Civil Veterinary Department Bihar & Orissa reports 1929-36 - 1929-1936
Year: 1929
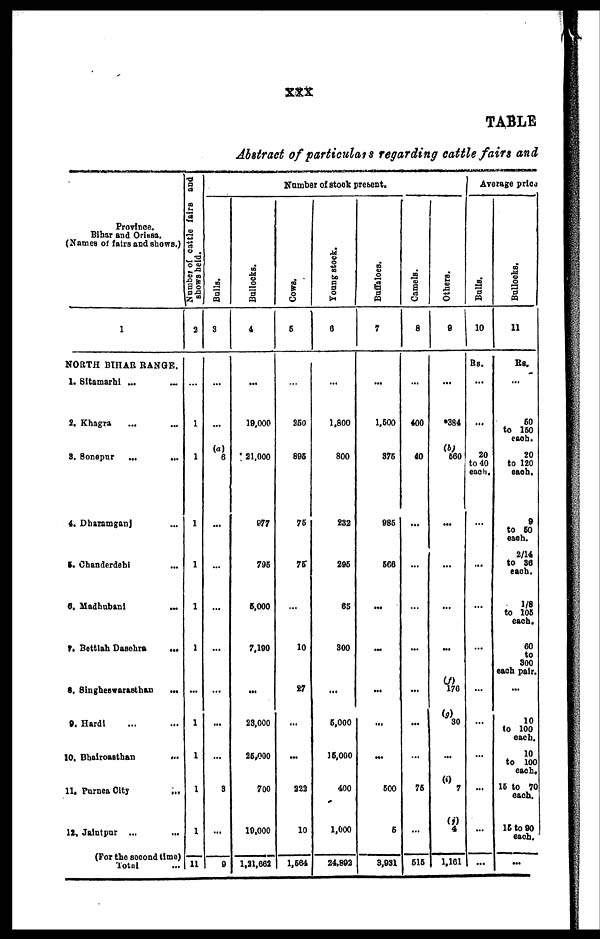
xxx
TABLE
Abstract of particulars regarding cattle fairs and
Province.
Bihar and Orissa.
(Names of fairs and shows.)
1
NORTH BIHAR RANGE.
1. Sitamarhi ... ...
2. Khagra
... ...
3. Sonepur ...
...
4. Dharamgani ...
5. Chanderdebi ...
6.
Madhabani
...
7. Bettiah Dasehra ...
8. Singheswarasthan ...
9. Hardi ... ...
10. Bhairoasthan
...
11. Purnea City ...
12. Jalntpur ... ...
(For the second time)
Totol ...
Number
of cattle fairs and
shows held.
2
1
1
1
1
1
1
...
1
1
1
1
11
Balls.
3
...
(a)
6
...
...
...
...
...
...
...
3
...
9
Bullocks.
4
...
19.000
21,000
977
796
5.000
7.190
...
23.000
25,000
700
19,000
1,21,662
Number of stock present.
Cows.
6
...
260
895
76
75
...
10
27
...
...
223
10
1.664
Young stock.
6
...
1,800
800
232
296
65
800
...
5,000
16,000
400
1,000
24,892
Buffaloes.
7
...
1,600
376
986
566
...
...
...
...
...
500
6
8,931
Camels.
8
...
400
40
...
...
...
...
...
...
...
76
...
616
Others.
9
...
*384
(b)
560
...
...
...
...
(f)
170
(g)
30
...
(i) 7
(j)
4
1,161
Average price
Balls.
10
Rs.
...
...
20
to 40
each.
...
...
...
...
...
...
...
...
...
...
Bullocks.
11
Rs.
...
60
to 160
each.
20
to 120
each.
9
to 60
each.
2/14
to 36
each.
1/8
to 106
each.
60
40
300
each pair.
...
10
to 100
each.
10
to 100
each.
16 to 70
each.
16 to 90
each.
...